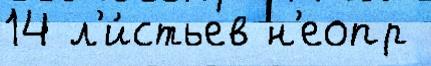
14 л'и́стьев н'еопр